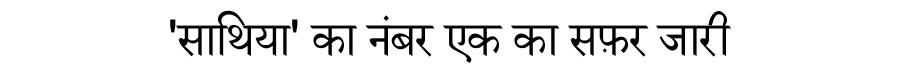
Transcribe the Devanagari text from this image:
'साथिया' का नंबर एक का सफ़र जारी